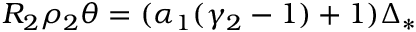
R _ { 2 } \rho _ { 2 } \theta = ( \alpha _ { 1 } ( \gamma _ { 2 } - 1 ) + 1 ) \Delta _ { * }